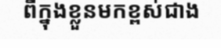
ពីក្នុងខ្លួនមកខ្ពស់ជាង